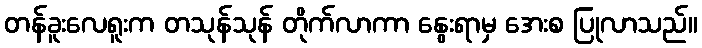
တန်ခူးလေရူးက တသုန်သုန် တိုက်လာကာ နွေးရာမှ အေးစ ပြုလာသည်။